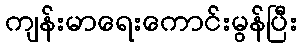
ကျန်းမာရေးကောင်းမွန်ပြီး